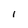
Character: i